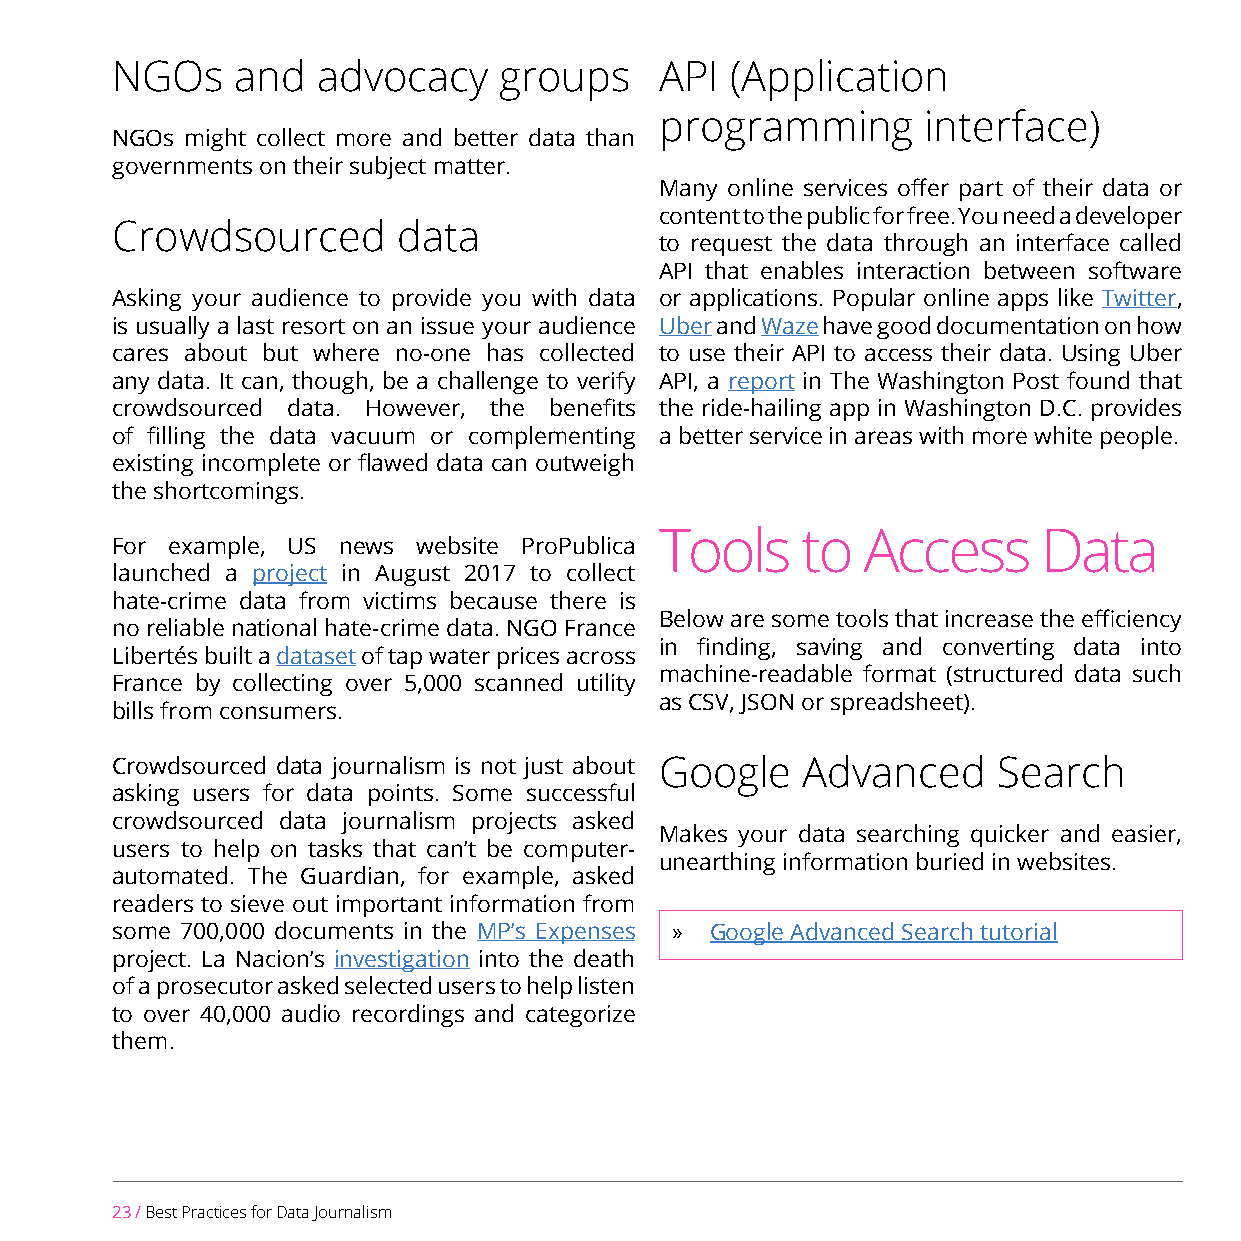
NGOs     and  advocacy    groups     API (Application
 programming      interface)
 NGOs might collect more and better data than
 governments on their subject matter.
 Many online services offer part of their data or
 content to the public for free. You need a developer
 Crowdsourced       data
 to request the data through an interface called
 API that enables interaction between software
 Asking your audience to provide you with data or applications. Popular online apps like Twitter,
 is usually a last resort on an issue your audience Uber and Waze have good documentation on how
 cares about but where no-one has collected to use their API to access their data. Using Uber
 any data. It can, though, be a challenge to verify API, a report in The Washington Post found that
 crowdsourced data. However, the benefits the ride-hailing app in Washington D.C. provides
 of filling the data vacuum or complementing a better service in areas with more white people.
 existing incomplete or flawed data can outweigh
 the shortcomings.
 Tools    to  Access      Data
 For example, US news website ProPublica
 launched a project in August 2017 to collect
 hate-crime data from victims because there is
 Below are some tools that increase the efficiency
 no reliable national hate-crime data. NGO France
 in finding, saving and converting data into
 Libertés built a dataset of tap water prices across
 machine-readable format (structured data such
 France by collecting over 5,000 scanned utility
 as CSV, JSON or spreadsheet).
 bills from consumers.
 Crowdsourced data journalism is not just about Google Advanced Search
 asking users for data points. Some successful
 crowdsourced data journalism projects asked
 Makes your data searching quicker and easier,
 users to help on tasks that can’t be computer-
 unearthing information buried in websites.
 automated. The Guardian, for example, asked
 readers to sieve out important information from
 some 700,000 documents in the MP’s Expenses » Google Advanced Search tutorial
 project. La Nacion’s investigation into the death
 of a prosecutor asked selected users to help listen
 to over 40,000 audio recordings and categorize
 them.
 23 / Best Practices for Data Journalism